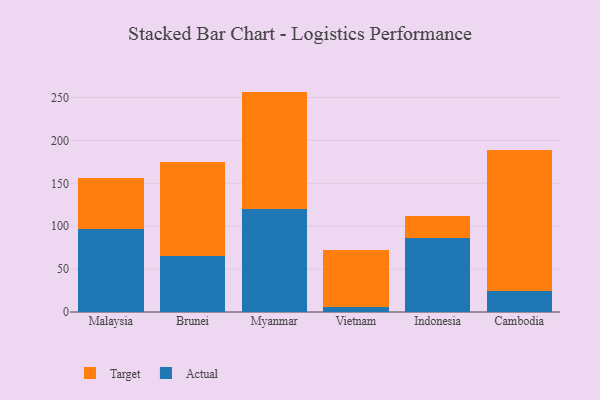
{"axis": {"x": "Country", "y": "Inventory Turnover"}, "legend": ["Actual", "Target"], "data": [{"x": "Malaysia", "y": 96.4, "type": "Actual"}, {"x": "Malaysia", "y": 59.5, "type": "Target"}, {"x": "Brunei", "y": 65.6, "type": "Actual"}, {"x": "Brunei", "y": 109.0, "type": "Target"}, {"x": "Myanmar", "y": 120.1, "type": "Actual"}, {"x": "Myanmar", "y": 136.8, "type": "Target"}, {"x": "Vietnam", "y": 6.1, "type": "Actual"}, {"x": "Vietnam", "y": 65.8, "type": "Target"}, {"x": "Indonesia", "y": 85.7, "type": "Actual"}, {"x": "Indonesia", "y": 26.1, "type": "Target"}, {"x": "Cambodia", "y": 24.3, "type": "Actual"}, {"x": "Cambodia", "y": 164.9, "type": "Target"}]}